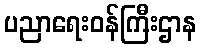
ပညာရေးဝန်ကြီးဌာန